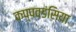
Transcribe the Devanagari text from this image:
कप्पवडंसिया